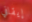
إيقافي